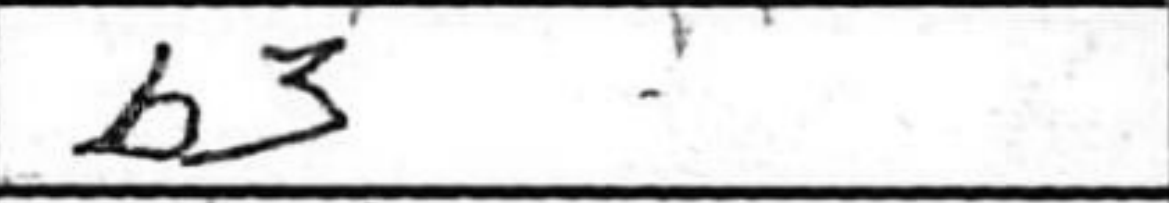
Transcription: b3